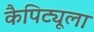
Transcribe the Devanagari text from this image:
कैपिट्यूला